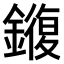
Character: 𫓍